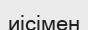
иісімен